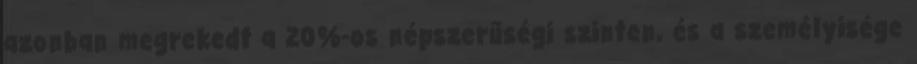
azonban megrekedt a 20%-os népszerűségi szinten, és a személyisége